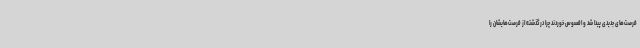
فرصت‌های جدیدی پیدا شد و افسوس خوردند چرا درگذشته از فرصت‌هایشان را